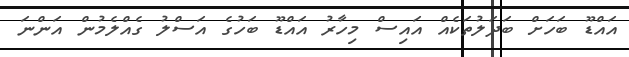
އައްޑޫ ބަހަށް ބަދަލުތަކެއް އައިސް މިހާރު އައްޑޫ ބަހުގެ އަސްލު ގެއްލެމުން އަންނަ